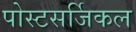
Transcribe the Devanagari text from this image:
पोस्टसर्जिकल